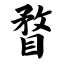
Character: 瞀